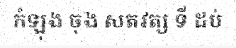
កំឡុង ចុង សតវត្ស ទី ដប់